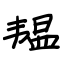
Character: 韫